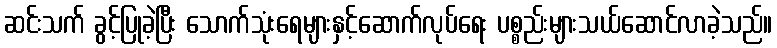
ဆင်းသက် ခွင့်ပြုခဲ့ပြီး သောက်သုံးရေများနှင့်ဆောက်လုပ်ရေး ပစ္စည်းများသယ်ဆောင်လာခဲ့သည်။